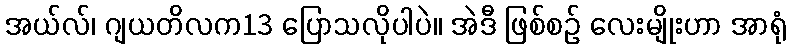
အယ်လ်၊ ဂျယတိလက13 ပြောသလိုပါပဲ။ အဲဒီ ဖြစ်စဉ် လေးမျိုးဟာ အာရုံ